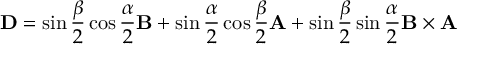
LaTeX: \mathbf { D } = { \sin { \frac { \beta } { 2 } } \cos { \frac { \alpha } { 2 } } \mathbf { B } + \sin { \frac { \alpha } { 2 } } \cos { \frac { \beta } { 2 } } \mathbf { A } + \sin { \frac { \beta } { 2 } } \sin { \frac { \alpha } { 2 } } \mathbf { B } \times \mathbf { A } }